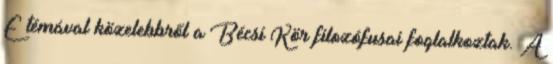
E témával közelebbről a Bécsi Kör filozófusai foglalkoztak. A